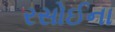
રસોઈના